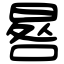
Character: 晷